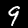
Digit: 9